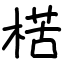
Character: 楛